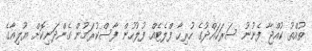
ތުއްތު ކުއްޖާ ފެނުނު ސަރަހައްދުގެ ހުރިހާ ފްލެޓެއް ފުލުހުން ފާސްކުރަމުން ގެންދަނިކޮށް ޔޫލިއާގެ